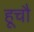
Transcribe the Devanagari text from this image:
हूचौ